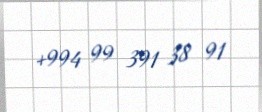
+994 99 391 38 91